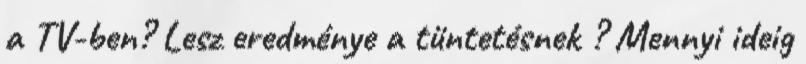
a TV-ben? Lesz eredménye a tüntetésnek ? Mennyi ideig